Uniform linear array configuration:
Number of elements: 12
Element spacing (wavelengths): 0.75
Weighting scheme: binomial
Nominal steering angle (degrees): -15
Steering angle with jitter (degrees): -16.941
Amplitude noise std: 0.05
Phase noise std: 0.05

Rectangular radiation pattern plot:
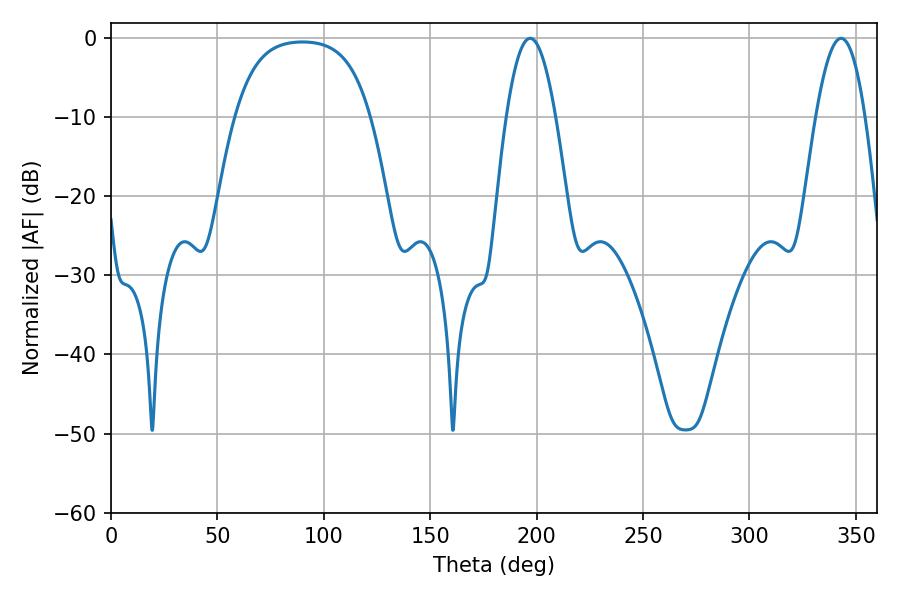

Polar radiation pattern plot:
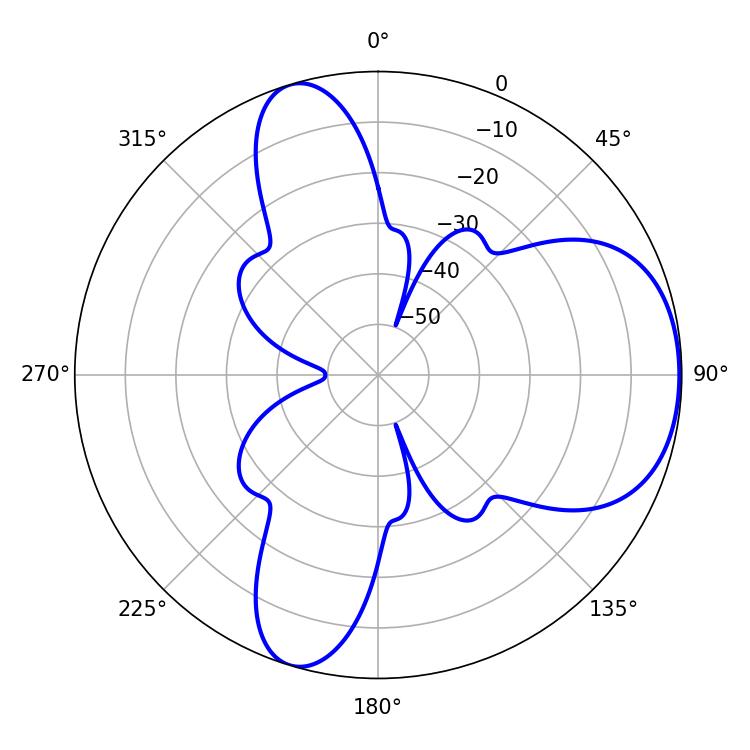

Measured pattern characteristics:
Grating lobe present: TRUE
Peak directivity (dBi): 5.856
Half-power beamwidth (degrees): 12.6
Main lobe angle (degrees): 196.92